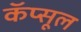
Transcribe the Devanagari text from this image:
कॅप्सूल